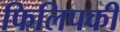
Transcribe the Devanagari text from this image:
फिलिपकी